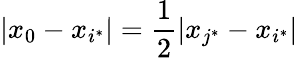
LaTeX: |x_{0}-x_{i^{\ast}}|=\frac 12|x_{j^{\ast}}-x_{i^{\ast}}|